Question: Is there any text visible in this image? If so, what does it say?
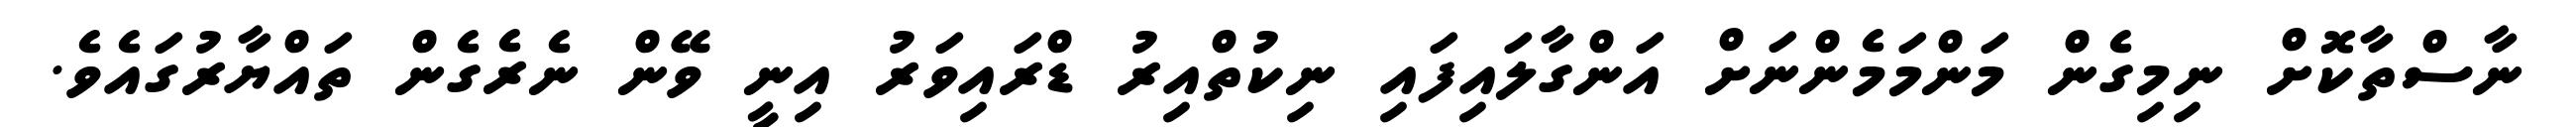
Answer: ނާސްތާކޮށް ނިމިގެން މަންމަމެންނަށް އަންގާލައިފައި ނިކުތްއިރު ޑްރައިވަރު އިނީ ވޭން ނެރެގެން ތައްޔާރުގައެވެ.